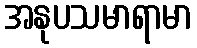
အနုပသမာရာမာ